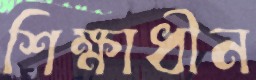
শিক্ষাধীন